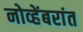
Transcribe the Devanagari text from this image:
नोव्हेंबरांत